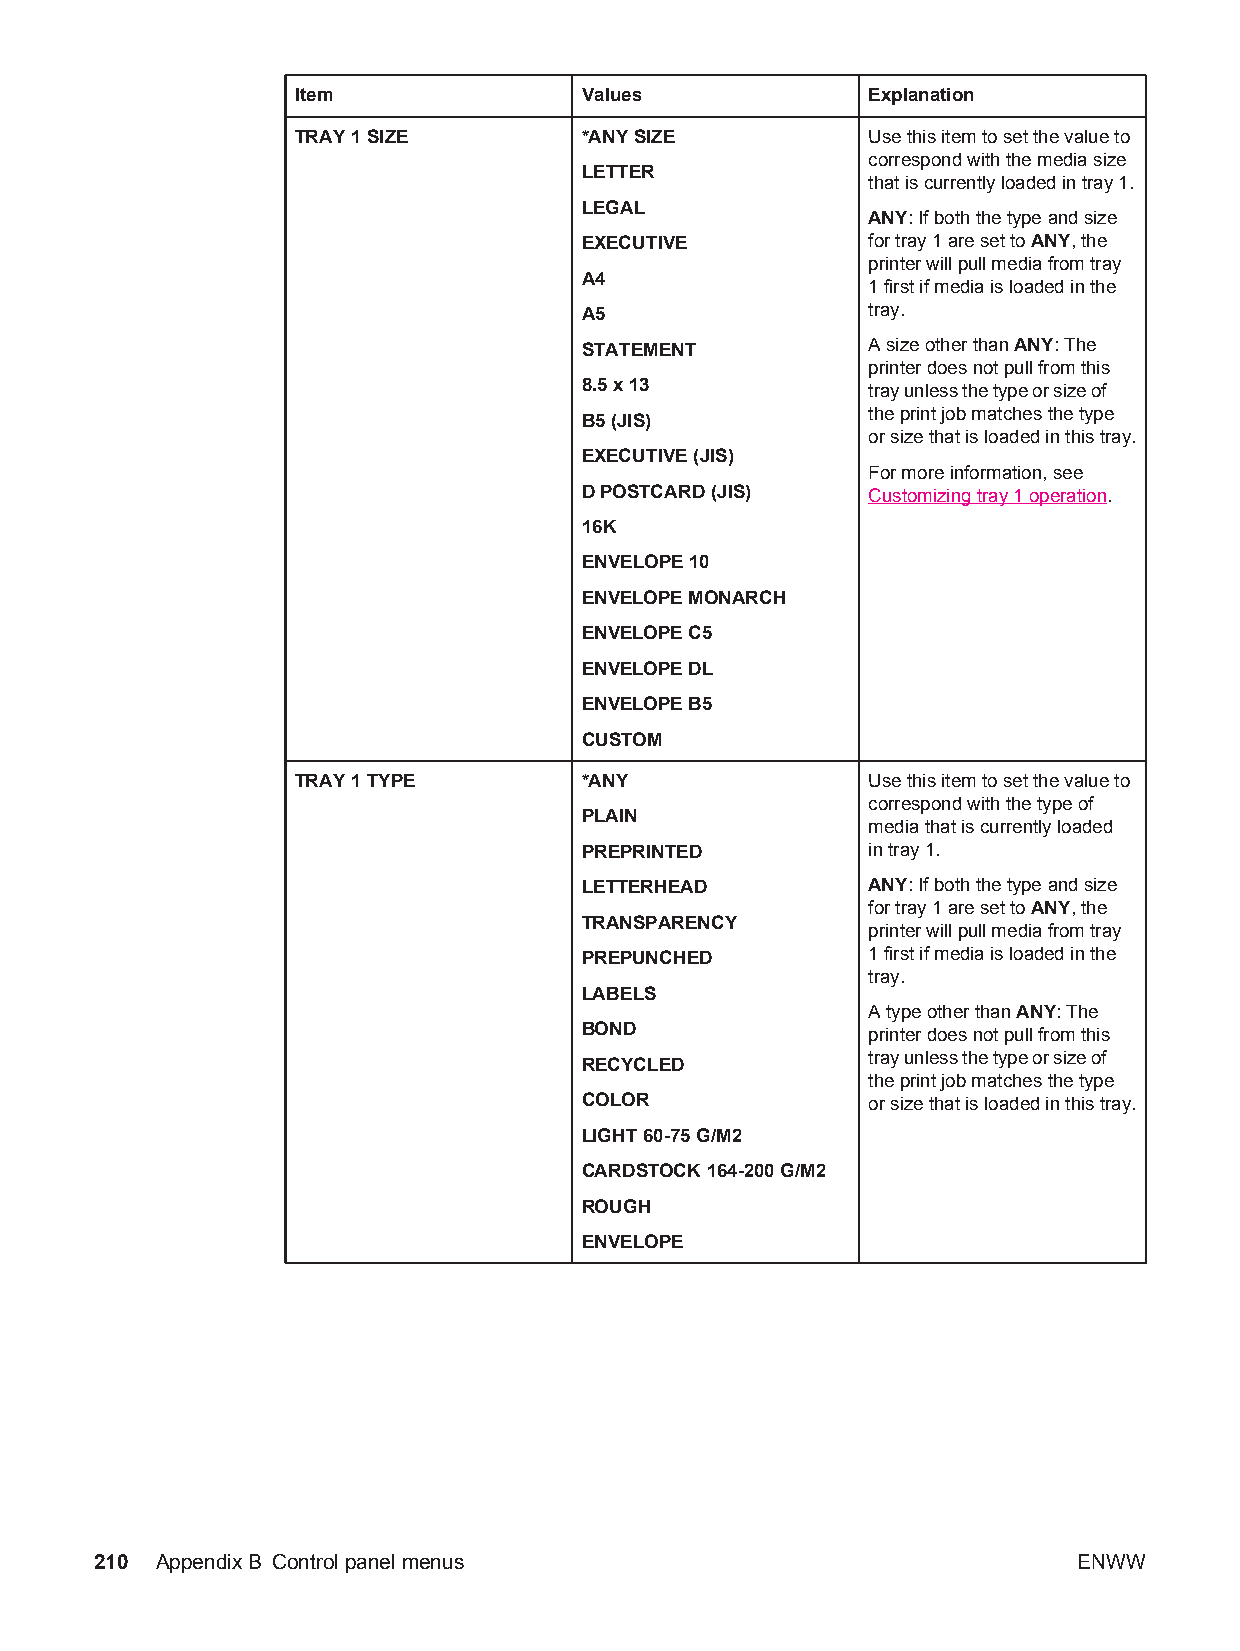
Item              Values             Explanation
 TRAY 1 SIZE       *ANY SIZE          Use this item to set the value to
 correspond with the media size
 LETTER
 that is currently loaded in tray 1.
 LEGAL
 ANY: If both the type and size
 EXECUTIVE          for tray 1 are set to ANY, the
 printer will pull media from tray
 A4
 1 first if media is loaded in the
 A5                 tray.
 STATEMENT          A size other than ANY: The
 printer does not pull from this
 8.5 x 13           tray unless the type or size of
 the print job matches the type
 B5 (JIS)
 or size that is loaded in this tray.
 EXECUTIVE (JIS)
 For more information, see
 D POSTCARD (JIS)   Customizing tray 1 operation.
 16K
 ENVELOPE 10
 ENVELOPE MONARCH
 ENVELOPE C5
 ENVELOPE DL
 ENVELOPE B5
 CUSTOM
 TRAY 1 TYPE       *ANY               Use this item to set the value to
 correspond with the type of
 PLAIN
 media that is currently loaded
 PREPRINTED         in tray 1.
 LETTERHEAD         ANY: If both the type and size
 for tray 1 are set to ANY, the
 TRANSPARENCY
 printer will pull media from tray
 PREPUNCHED         1 first if media is loaded in the
 tray.
 LABELS
 A type other than ANY: The
 BOND               printer does not pull from this
 tray unless the type or size of
 RECYCLED
 the print job matches the type
 COLOR              or size that is loaded in this tray.
 LIGHT 60-75 G/M2
 CARDSTOCK 164-200 G/M2
 ROUGH
 ENVELOPE
 210 AppendixB Control panel menus                                ENWW